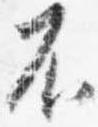
不